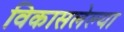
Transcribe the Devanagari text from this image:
विकासलेल्या